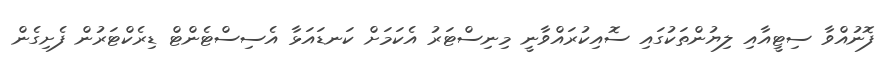
ފޮނުއްވާ ސިޓީއާއި ލިޔުންތަކުގައި ސޮއިކުރައްވާނީ މިނިސްޓަރު އެކަމަށް ކަނޑައަޅާ އެސިސްޓެންޓް ޑިރެކްޓަރުން ފެށިގެން